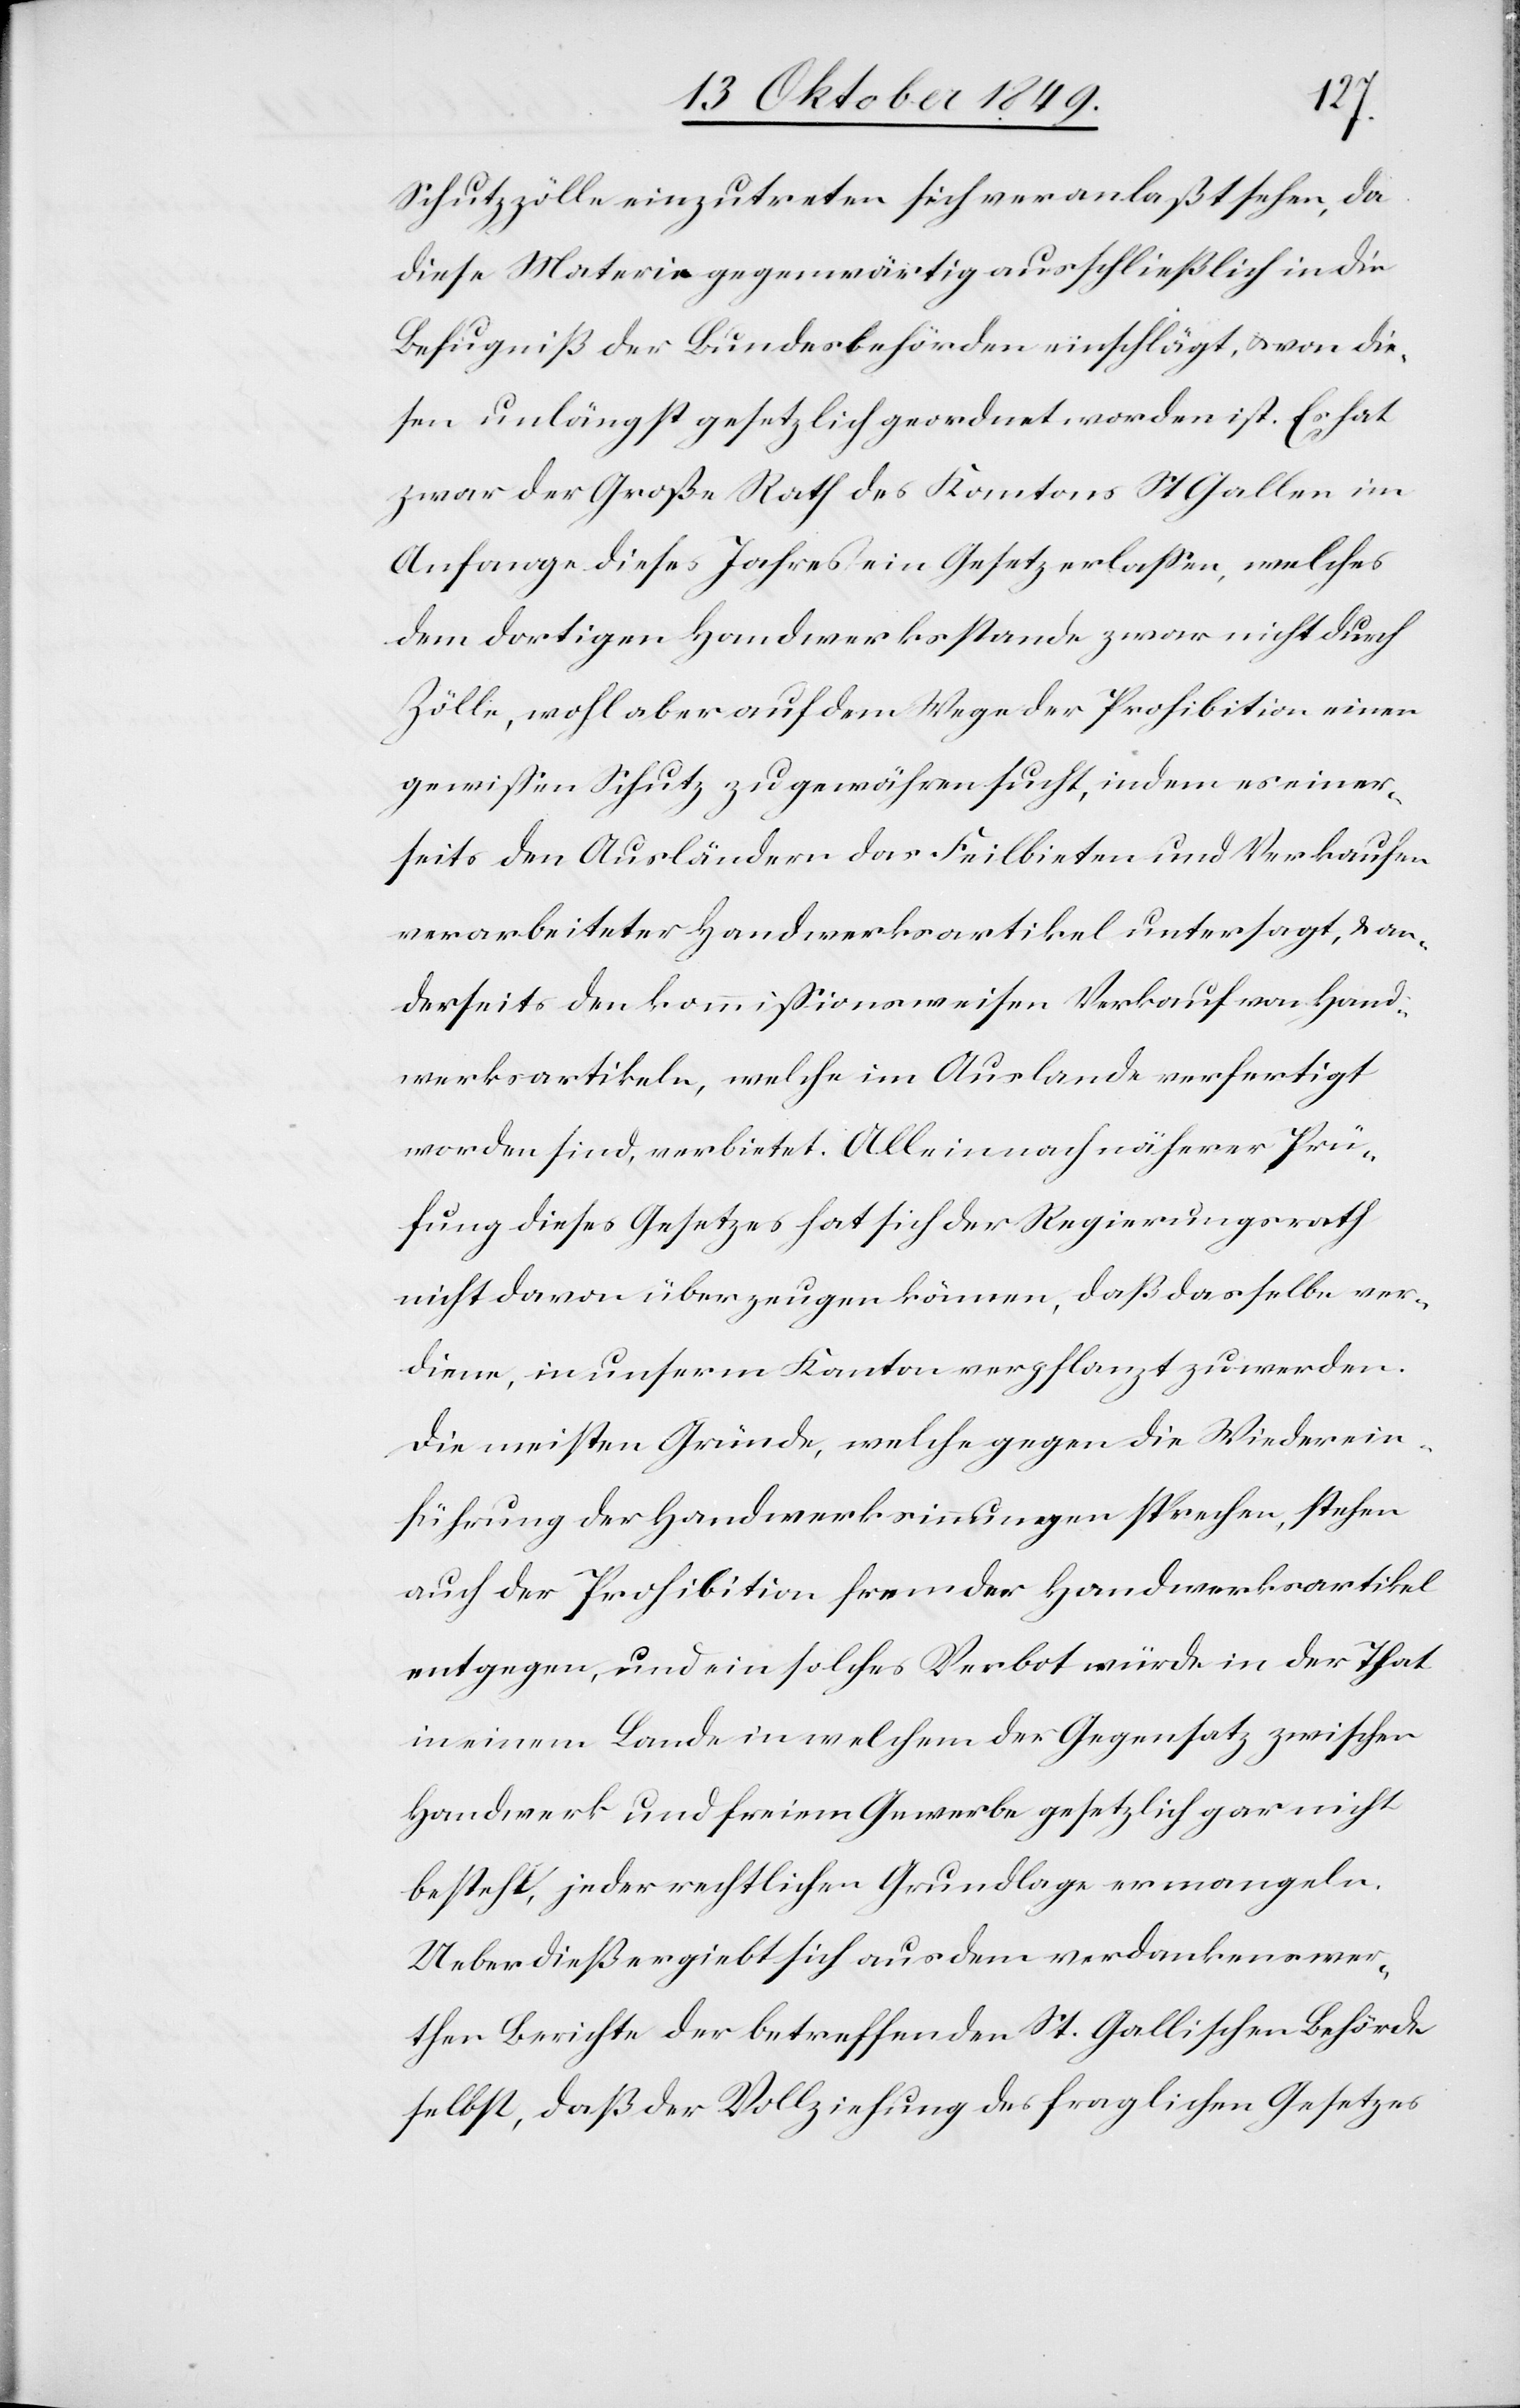
Schutzzölle einzutreten sich veranlaßt sehen, da
diese Materie gegenwärtig ausschließlich in die
Befugniß der Bundesbehörden einschlägt, u. von die¬
sen unlängst gesetzlich geordnet worden ist. Es hat
zwar der Große Rath des Kantons St. Gallen im
Anfange dieses Jahres ein Gesetz erlaßen, welches
dem dortigen Handwerksstande zwar nicht durch
Zölle, wohl aber auf dem Wege der Prohibition einen
gewißen Schutz zu gewähren sucht, indem es einer¬
seits den Ausländern das Feilbieten und Verkaufen
verarbeiteter Handwerksartikel untersagt, u. an¬
derseits den kommißionsweisen Verkauf von Hand¬
werksartikeln, welche im Auslande gefertigt
worden sind, verbietet. Allein nach näherer Prü¬
fung dieses Gesetzes hat sich der Regierungsrath
nicht davon überzeugen können, daß dasselbe ver¬
diene, in unserm Kanton verpflanzt zu werden.
Die meisten Gründe, welche gegen die Wiederein¬
führung der Handwerksinnungen sprechen, stehen
auch der Prohibition fremder Handwerksartikel
entgegen, und ein solches Verbot würde in der That
in einem Lande in welchem der Gegensatz zwischen
Handwerk und freien Gewerbe gesetzlich gar nicht
besteht, jeder rechtlichen Grundlage ermangeln.
Ueberdieß ergiebt sich aus dem verdankenswer¬
then Berichte der betreffenden St. Gallischen Behörde
selbst, daß der Vollziehung des fraglichen Gesetzes